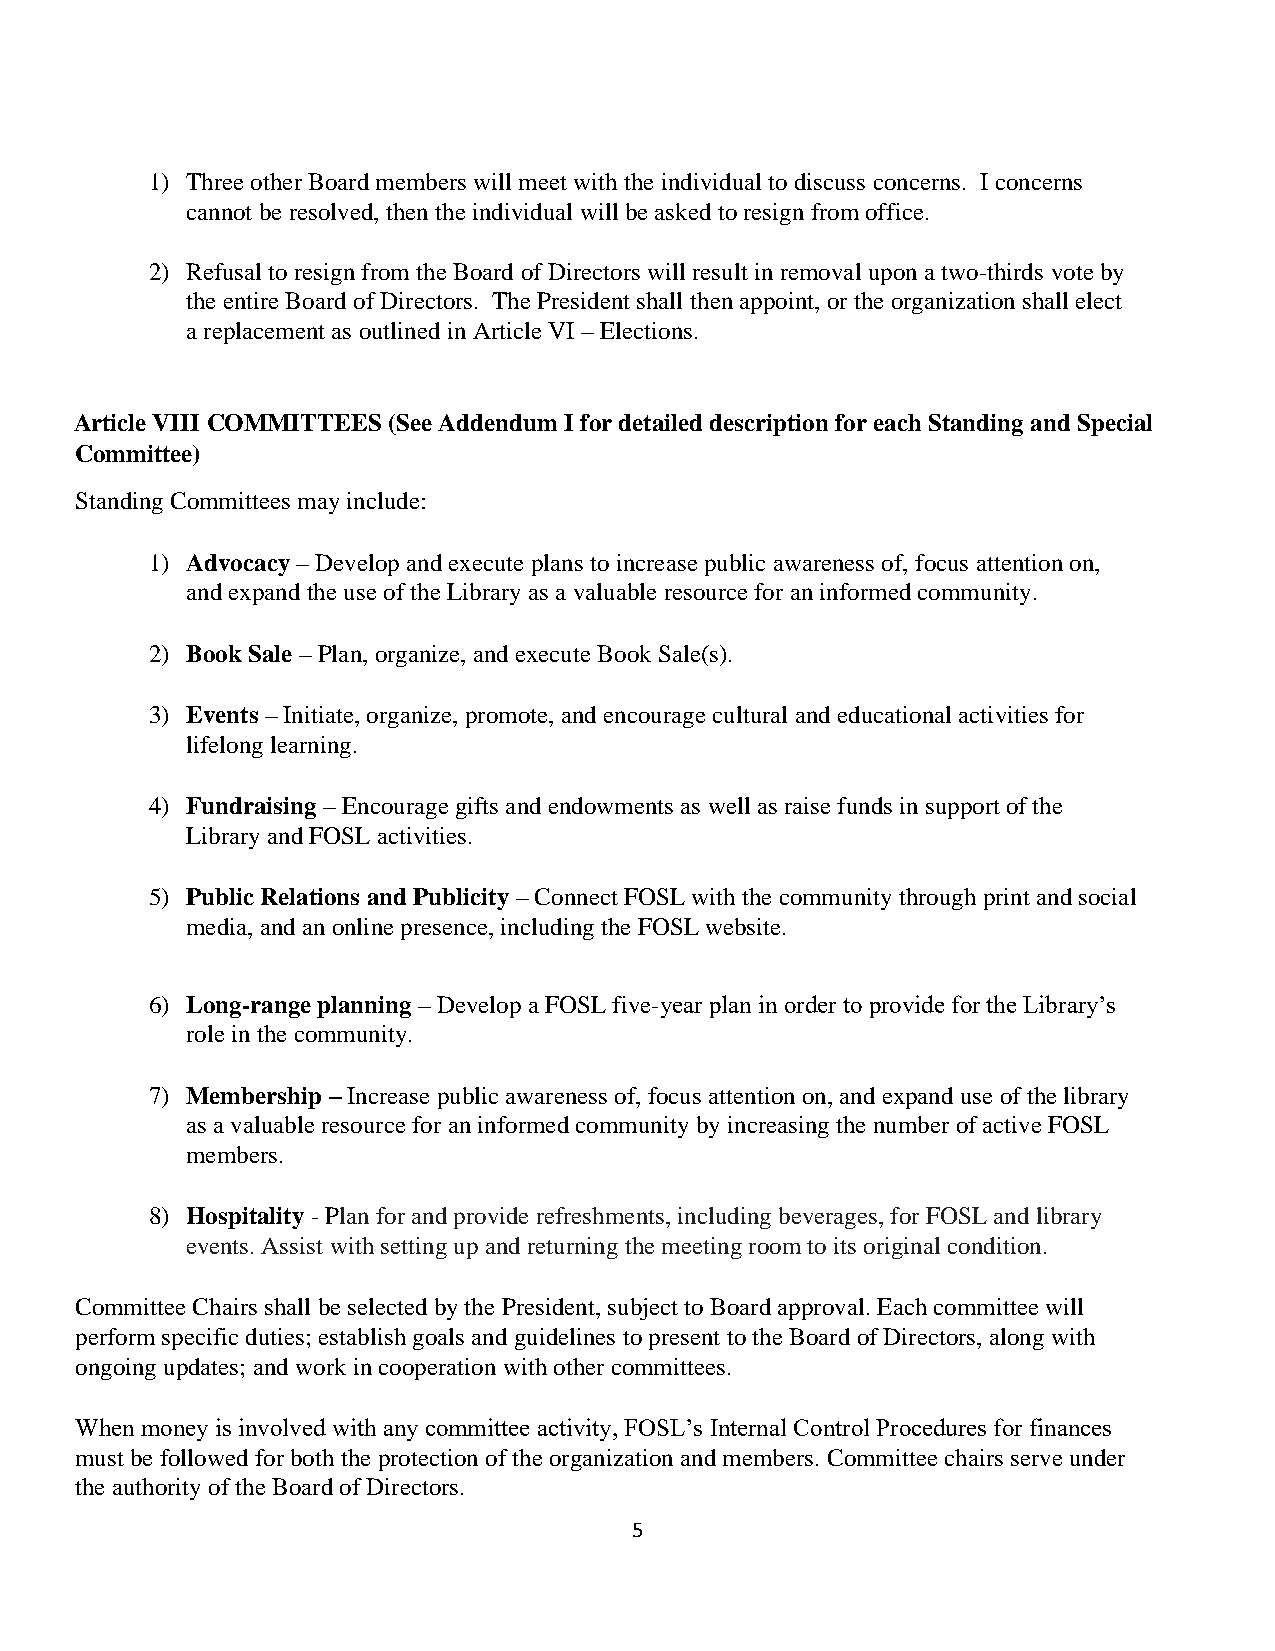
1) Three other Board members will meet with the individual to discuss concerns. I concerns
 cannot be resolved, then the individual will be asked to resign from office.
 2) Refusal to resign from the Board of Directors will result in removal upon a two-thirds vote by
 the entire Board of Directors. The President shall then appoint, or the organization shall elect
 a replacement as outlined in Article VI – Elections.
 Article VIII COMMITTEES (See Addendum I for detailed description for each Standing and Special
 Committee)
 Standing Committees may include:
 1) Advocacy – Develop and execute plans to increase public awareness of, focus attention on,
 and expand the use of the Library as a valuable resource for an informed community.
 2) Book Sale – Plan, organize, and execute Book Sale(s).
 3) Events – Initiate, organize, promote, and encourage cultural and educational activities for
 lifelong learning.
 4) Fundraising – Encourage gifts and endowments as well as raise funds in support of the
 Library and FOSL activities.
 5) Public Relations and Publicity – Connect FOSL with the community through print and social
 media, and an online presence, including the FOSL website.
 6) Long-range planning – Develop a FOSL five-year plan in order to provide for the Library’s
 role in the community.
 7) Membership – Increase public awareness of, focus attention on, and expand use of the library
 as a valuable resource for an informed community by increasing the number of active FOSL
 members.
 8) Hospitality - Plan for and provide refreshments, including beverages, for FOSL and library
 events. Assist with setting up and returning the meeting room to its original condition.
 Committee Chairs shall be selected by the President, subject to Board approval. Each committee will
 perform specific duties; establish goals and guidelines to present to the Board of Directors, along with
 ongoing updates; and work in cooperation with other committees.
 When money is involved with any committee activity, FOSL’s Internal Control Procedures for finances
 must be followed for both the protection of the organization and members. Committee chairs serve under
 the authority of the Board of Directors.
 5